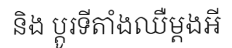
និង ប្តូរទីតាំងឈឺម្តងអី